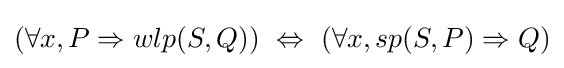
(\forall x,P\Rightarrow wlp(S,Q))\ \Leftrightarrow \ (\forall x,sp(S,P)\Rightarrow Q)